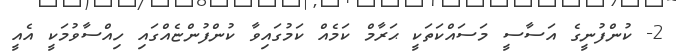
2- ކުންފުނީގެ އަސާސީ މަސައްކަތަކީ ޙަރާމް ކަމެއް ކަމުގައިވާ ކުންފުންޏެއްގައި ހިއްސާވުމަކީ އެއީ